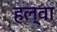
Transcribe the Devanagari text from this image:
हल्वा